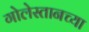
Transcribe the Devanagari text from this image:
गोलेस्तानच्या